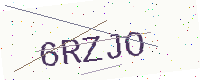
Text: 6RZJO